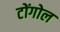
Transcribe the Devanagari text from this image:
टोंगोल